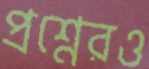
প্রশ্নেরও